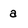
Character: a